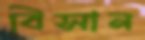
বিসান